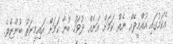
އެކަމުގައި އުއްމީދެއް ނެތް ކަމަށް އަނެއް ދުވަހު ބުނާ ކަމަށް އައިމިނަތު ބުންޏެވެ.